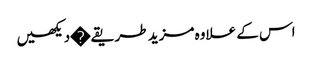
اس کے علاوہ مزید طریقے�دیکھیں